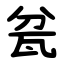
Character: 瓫